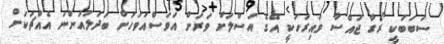
ސަބަބަކީ ރޯގާ ޖައްސާ ވައިރަހަކީ އޭގެ އަސްލަށް ވަރަށް އަވަސްއަވަހަށް ބަދަލުއަންނަ އެއްޗަކަށް